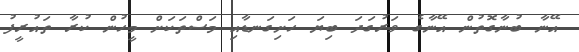
އޭނާ ބުނާގޮތުން އޭނާގެ ވަރުގަދަ ބިޔަ ހަށިގަނޑާއި މަސްތަކަށް މީހުން ކުރާ ތައުރީފު